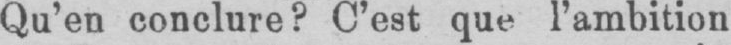
Qu’en conclure? C’est que l’ambition